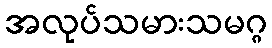
အလုပ်သမားသမဂ္ဂ